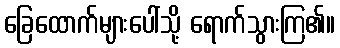
ခြေထောက်များပေါ်သို့ ရောက်သွားကြ၏။